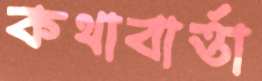
কথাবার্ত্তা